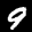
Label: 9